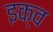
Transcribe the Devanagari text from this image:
इक्व